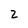
Character: 2